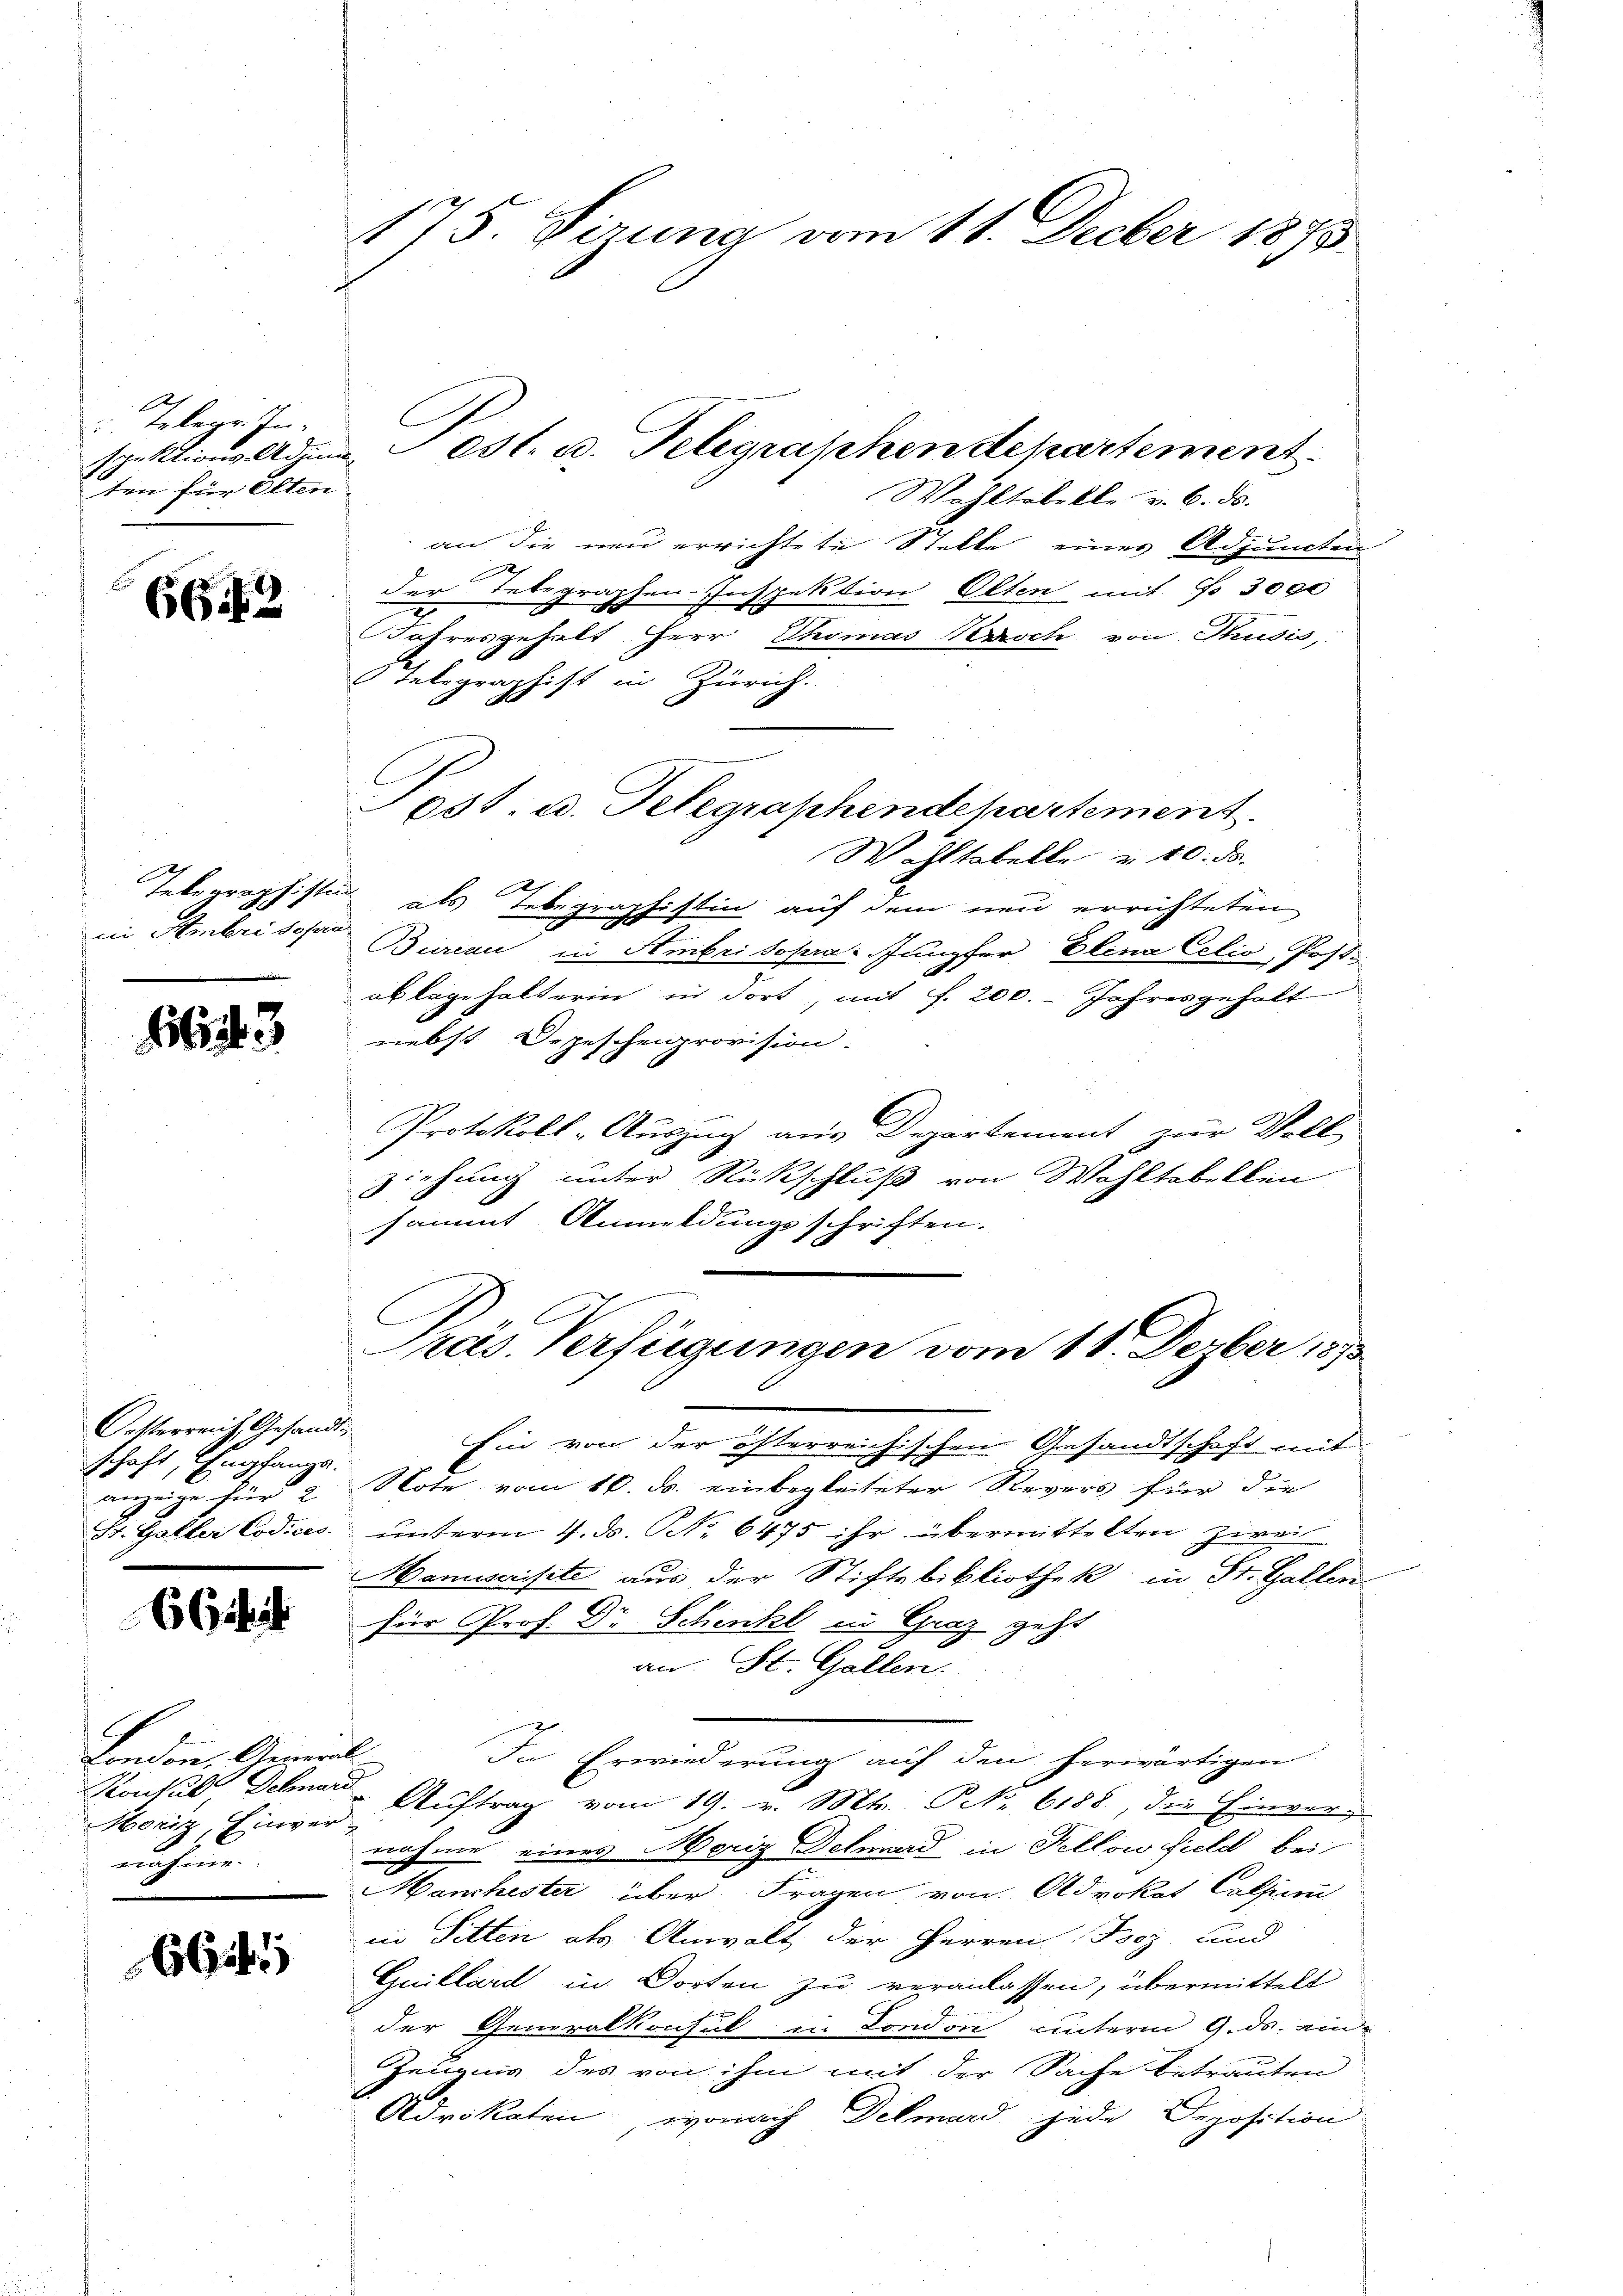
Telegr. Inten für Olten

6672

Telegraphisti
in Sembri sofern

3

Oesterreich, Gesandtschaft, Empfange.
anzeige für 2
St. Galler Codices.

66

London, Anmel
Konsul Schneid
Horiz, Einver-
nahme.

664

175. dirung vom 11. Decber 1875

Wohltobelle v. 6. ds.
an die neu errichtete Stelle einer Adjuncten
der Telegraphen-Inspektion Olten mit No 3000
2
Jahresgehalt Herr Thomas Perroch von Thusis,
Telegraphist in Zürich.
Wohltabelle & 10. ds.
 als Telegraphistin auf dem neu errichteten
Bureau in Anbei sopra. Jungfer Elena Celio, Post.
ablagehalterin in dort, mit f. 200. Jahresgehalt
nebst Oepescheigrovision.
Protokoll-Auszug aus Departement zur Voll
ziehung unter Rückschluß von Wohltobellen
sammt Anmeldungsschriften.
C
¬
ras. Verfügungen vom 11. Deber 1873
Ein von der österreichischen Gesandtschaft mit
Note vom 16. ds. einbegleiteter Revers für die
unterm 4. ds. No 6475 ihr übermittelten zweit
Manuscrisite aus der Stiftebibliothek in St. Gallen
für Prof. Dr Schenke in Graz geht
an: St. Gallen.
In Erwiederung auf den herwärtigen
Auftrag vom 19. v. Mts. No 6188, die Einvernahme eines Moriz Dehnward in Fellow field bei
Manchester über Fragen von Advokat Caljuni
in Sitten als Anwalt der Herren Boz und
Guillard in Worten zu veranlassen, übermittelt
der Generalkonsul in London unterm 9. ds. eine
Zeuung des von ihm mit der Sache betrauten
Advokaten, wonach Dekmard jede Deposition

spektions Administ. u. Telegraphen departement

651. u. Telegraphendepartement